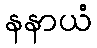
နနာယံ